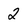
Character: 2